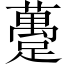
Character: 躉